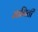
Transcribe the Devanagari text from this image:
मानिती